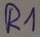
Text: R1